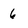
Character: 6